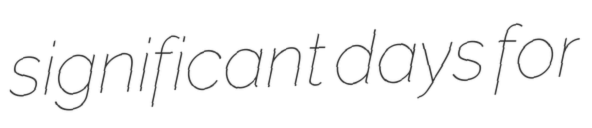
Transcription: significant days for